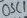
Text: OSC1